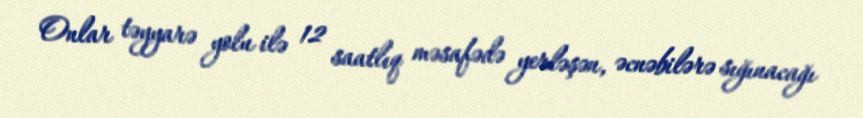
Onlar təyyarə yolu ilə 12 saatlıq məsafədə yerləşən, əcnəbilərə sığınacağı